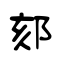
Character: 郂